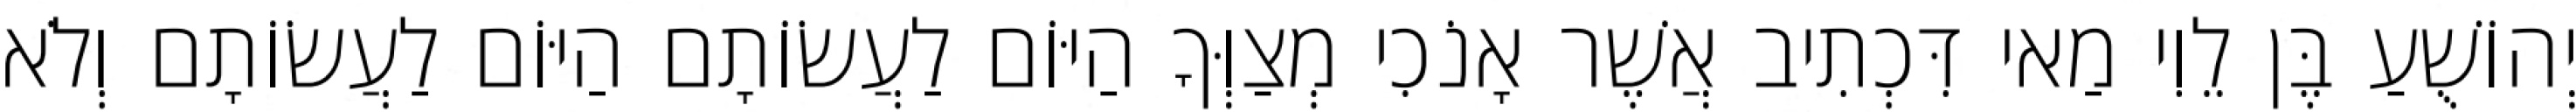
יְהוֹשֻׁעַ בֶּן לֵוִי מַאי דִּכְתִיב אֲשֶׁר אָנֹכִי מְצַוְּךָ הַיּוֹם לַעֲשׂוֹתָם הַיּוֹם לַעֲשׂוֹתָם וְלֹא